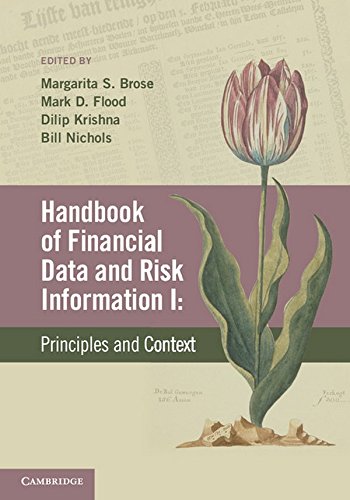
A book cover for Handbook of Financial Data and Risk Information I: Volume 1: Principles and Context; Business & Money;